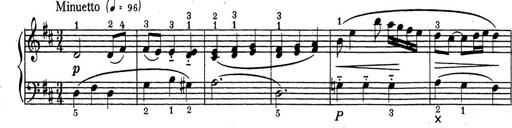
Title: ÄŒeskÃ© Sonatiny
Composer: Various